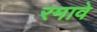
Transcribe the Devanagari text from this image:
रमावे